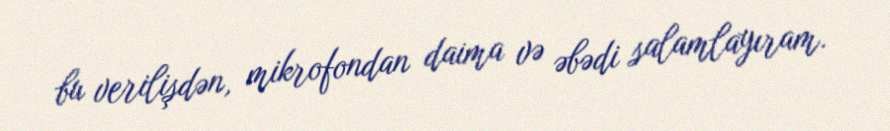
bu verilişdən, mikrofondan daima və əbədi salamlayıram.